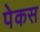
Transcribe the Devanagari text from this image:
पेकस